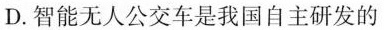
D.智能无人公交车是我国自主研发的